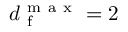
d _ { \mathrm { ~ f ~ } } ^ { \mathrm { ~ m ~ a ~ x ~ } } = 2